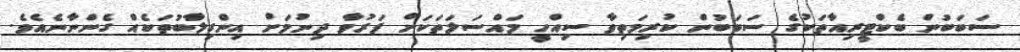
ސަބަބުން ބެކްޓީރިއާތަކުގެ ސަބަބުން ކުރިމަތިވާ ސިއްހީ މައްސަލަތަކަށް ފަރުވާ ދިނުމަށް އިންގިލާބުތަކެއް ގެންނާނެއެވެ.